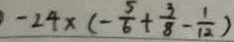
- 2 4 \times ( - \frac { 5 } { 6 } + \frac { 3 } { 8 } - \frac { 1 } { 1 2 } )